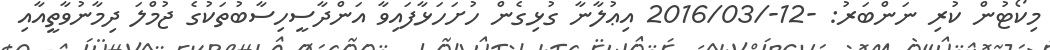
މިކޯޓުން ކުރި ނަންބަރު: -12-/2016/03 އިޢުލާނާ ގުޅިގެން ހުށަހަޅާފައިވާ އަންދާސީހިސާބުތަކުގެ ޖުމްލަ ދިމާނުވާތީއާއި